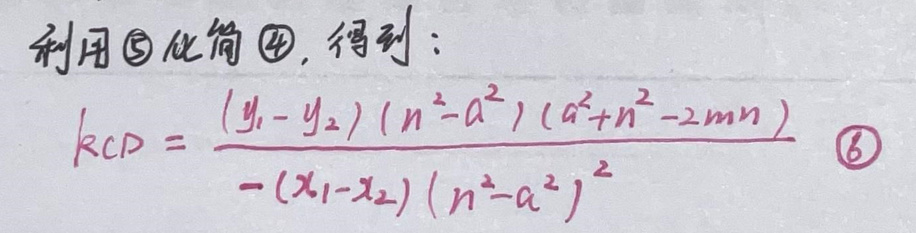
利用$\textcircled{5}$化简$\textcircled{4}$，得到：\\
\[ k_{CD} = \frac{(y_1 - y_2)(n^2 - a^2)(a^2 + n^2 - 2mn)}{-(x_1 - x_2)(n^2 - a^2)^2} \quad \textcircled{6}\]